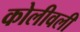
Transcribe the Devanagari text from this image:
कोलीवली